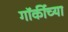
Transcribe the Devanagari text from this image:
गॉर्कीच्या